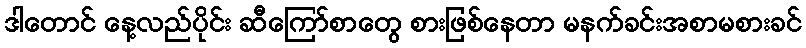
ဒါတောင် နေ့လည်ပိုင်း ဆီကြော်စာတွေ စားဖြစ်နေတာ မနက်ခင်းအစာမစားခင်